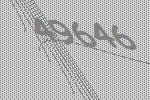
49646